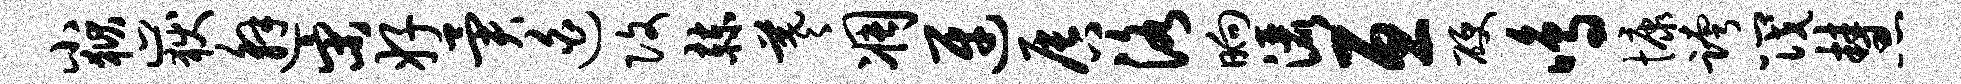
小狱岳邂宋好异迫改赫羲凋迓唇洛晌洒亘硬鸣慷跨筏慧